Leprosy in India: report of the Leprosy Commission in India, 1890-91
Year: 1890
Disease focus: Leprosy
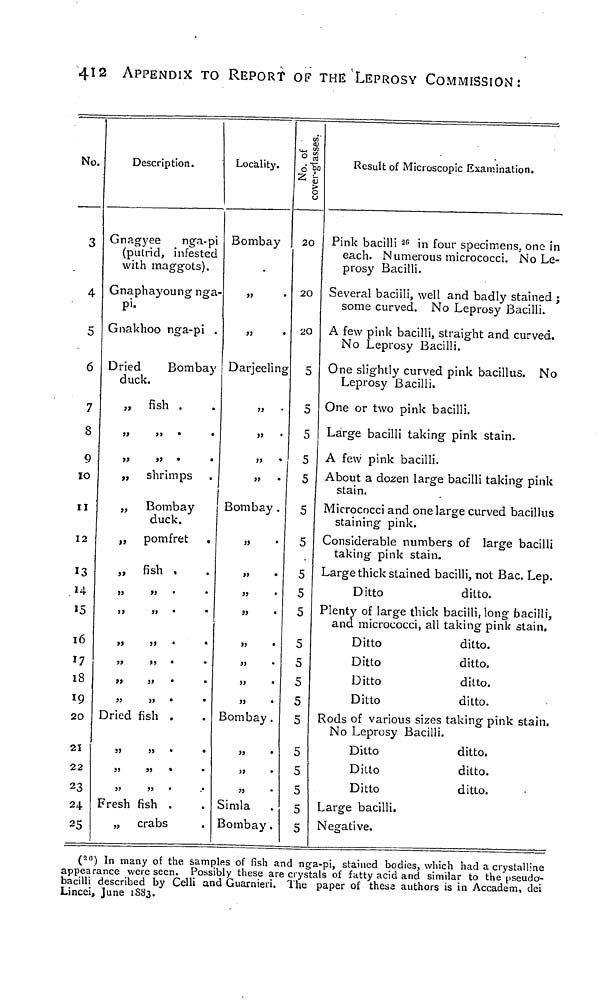
412
APPENDIX TO REPORT OF THE LEPROSY COMMISSION:
No.
3
4
5
6
7
8
9
10
11
12
13
14
15
16
17
18
19
20
21
22
23
24
25
Description.
Gnagyee
nga-pi
(putrid, infested
with maggots).
Gnaphayoung nga-
pi.
Gnakhoo nga-pi .
Dried
Bombay
duck.
„ fish .
,, ,,
,, ,,
„
shrimps
„
Bombay
duck.
„
pomfret
„
fish
,, ,,
,, ,,
,, ,,
Dried fish .
S3
»
•
*
Fresh fish .
„ crabs
Locality.
Bombay
Darjeeling
3J
33
Bombay .
Bombay.
Simla
Bombay.
No. of
cover-glasses.
20
20
20
5
5
5
5
5
5
5
5
5
5
5
5
5
5
5
5
5
5
5
5
Result of Microscopic Examination.
Pink bacilli 26 in four specimens, one in
each. Numerous micrococci. No Le-
prosy Bacilli.
Several bacilli, well and badly stained ;
some curved. No Leprosy Bacilli.
A few pink bacilli, straight and curved.
No Leprosy Bacilli.
One slightly curved pink bacillus. No
Leprosy Bacilli.
One or two pink bacilli.
Large bacilli taking pink stain.
A few pink bacilli.
About a dozen large bacilli taking pink
stain.
Micrococci and one large curved bacillus
staining pink.
Considerable numbers of large bacilli
taking pink stain.
Large thick stained bacilli, not Bac. Lep.
Ditto
ditto.
Plenty of large thick bacilli, long bacilli,
and micrococci, all taking pink stain.
Ditto
Ditto
Ditto
Ditto
ditto.
ditto.
ditto.
ditto.
Rods of various sizes taking pink stain.
No Leprosy Bacilli.
Ditto
Ditto
Ditto
ditto.
ditto.
ditto.
Large bacilli.
Negative.
( 20 ) In many of the samples of fish and nga-pi, stained bodies, which had a crystalline
appearance were seen. Possibly these are crystals of fatty acid and similar to the pseudcr-
bacilli described by Celli and Guarnieri. The paper of these authors is in Accadem, dei
Lincei, June 1883.